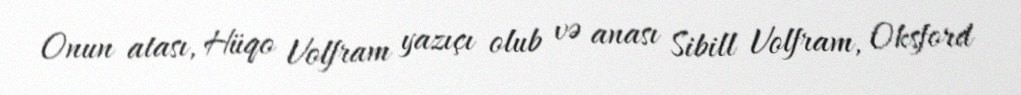
Onun atası, Hüqo Volfram yazıçı olub və anası Sibill Volfram, Oksford